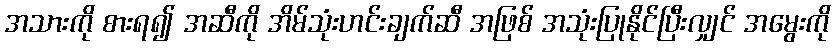
အသားကို စားရ၍ အဆီကို အိမ်သုံးဟင်းချက်ဆီ အဖြစ် အသုံးပြုနိုင်ပြီးလျှင် အမွေးကို